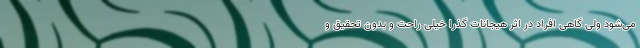
می‌شود ولی گاهی افراد در اثر هیجانات گذرا خیلی راحت و بدون تحقیق و